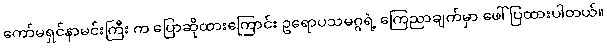
ကော်မရှင်နာမင်းကြီး က ပြောဆိုထားကြောင်း ဥရောပသမဂ္ဂရဲ့ ကြေညာချက်မှာ ဖေါ်ပြထားပါတယ်။